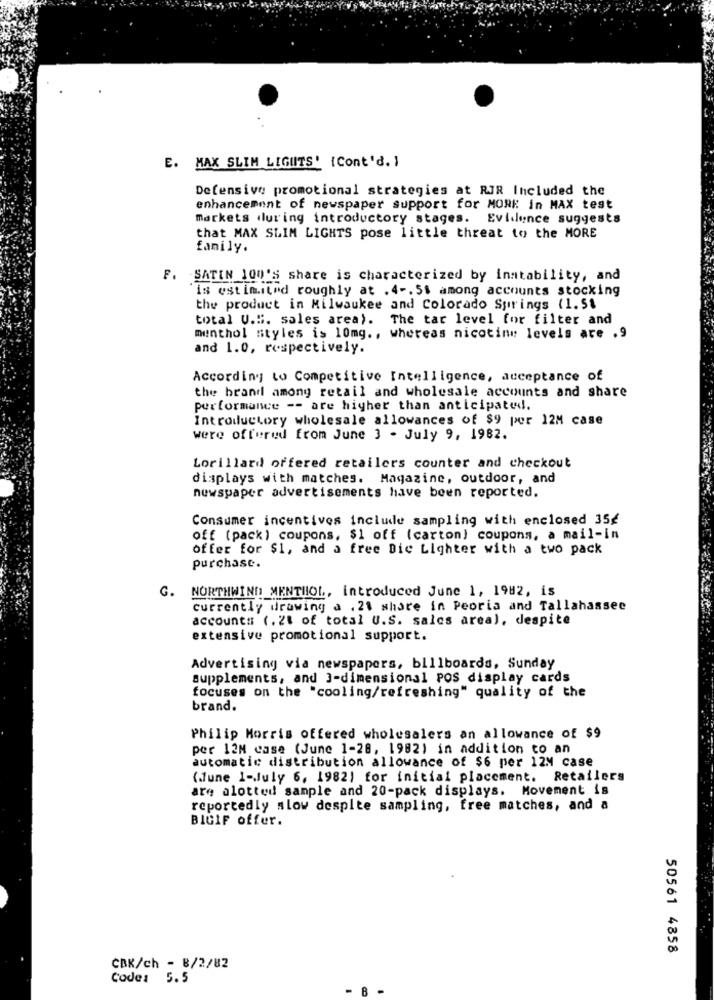
E. MAX SLIM LIGHTS' {Cont'd. )
Defensive promotional strategies at RIR Included the
enhancement of newspaper support for MORE in MAX test
markets during introductory stages. Evidence suggests
that MAX SLIM LIGHTS pose little threat to the MORE
family.
F. SATIN 100'S share is characterized by instability, and
'is estimited roughly at . 4 -. 5$ among accounts stocking
the product in Milwaukee and Colorado Springs (1.51
total U.S. sales area). The tar level for filter and
menthol styles is 10mg ., whereas nicotine levels are ,9
and 1.0, respectively.
According to Competitive Intelligence, acceptance of
the brand among retail and wholesale accounts and share
performance -- are higher than anticipated.
Introductory wholesale allowances of $9 por 12M case
were offered from June 3 - July 9, 1982.
Lorillard offered retailers counter and checkout
displays with matches. Magazine, outdoor, and
newspaper advertisements have been reported.
Consumer incentives include sampling with enclosed 35€
off (pack) coupons, $1 off (carton) coupons, a mail-in
offer for $1, and a free Die Lighter with a two pack
purchase.
G.
NORTHWIND MENTHOL, introduced June 1, 1982, is
currently drawing a . 21 share in Peoria and Tallahassee
accounts (.21 of total U.S. sales area), despite
extensive promotional support.
Advertising via newspapers, billboards, Sunday
supplements, and 3-dimensional POS display cards
focuses on the "cooling/refreshing" quality of the
brand.
Philip Morris offered wholesalers an allowance of $9
per 12M case (June 1-28, 1982) in addition to an
automatic distribution allowance of $6 per 12M case
(June 1-July 6, 1982) for initial placement. Retailers
are alotted sample and 20-pack displays. Movement is
reportedly slow despite sampling, free matches, and a
BICIF offer.
50561 4858
CBK/ch - 8/2/82
Code: 5.5
B